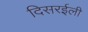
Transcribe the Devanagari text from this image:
दिसरईली